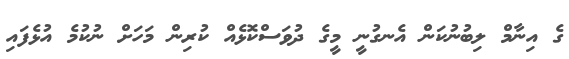
ގެ އިނާމް ލިބުނުކަން އެނގުނީ މީގެ ދުވަސްކޮޅެއް ކުރިން މަހަށް ނުކުމެ އުޅެފައި